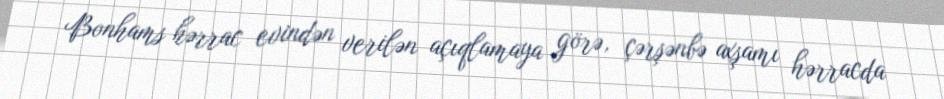
Bonhams hərrac evindən verilən açıqlamaya görə, çərşənbə axşamı hərracda